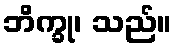
ဘိက္ခု၊ သည်။